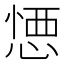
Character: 𢝴